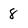
Character: 8